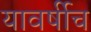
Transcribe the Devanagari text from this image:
यावर्षीच